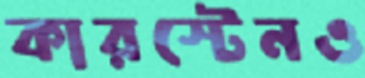
কারস্টেনও